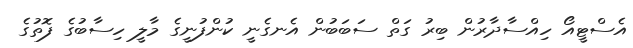
އެސްޓީއޯ ހިއްސާދާރުން ބިރު ގަތް ސަބަބުން އެނގެނީ ކުންފުނީގެ މާލީ ހިސާބުގެ ފޮތުގެ